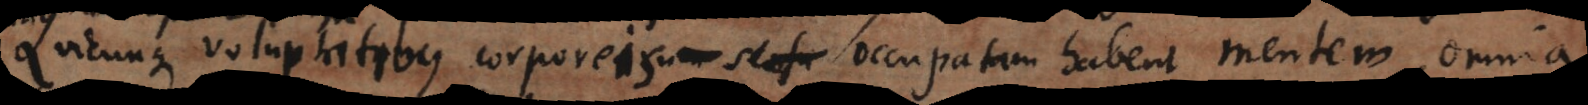
sensu voluptatibus corporeis occupatam habent mentem, omnia